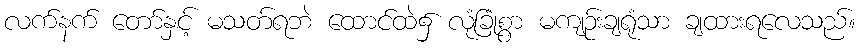
လက်နက် တော်နှင့် မသတ်ရဘဲ ထောင်ထဲ၌ လုံခြုံစွာ မကျဉ်းချရုံသာ ချထားရလေသည်။